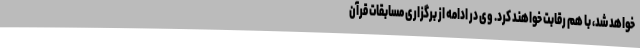
خواهد شد، با هم رقابت خواهند کرد. وی در ادامه از برگزاری مسابقات قرآن